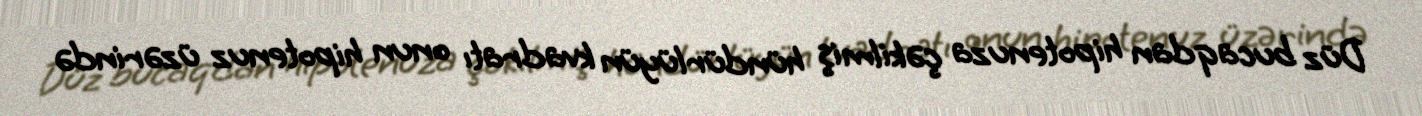
Düz bucaqdan hipotenuza çəkilmiş hündürlüyün kvadratı onun hipotenuz üzərində